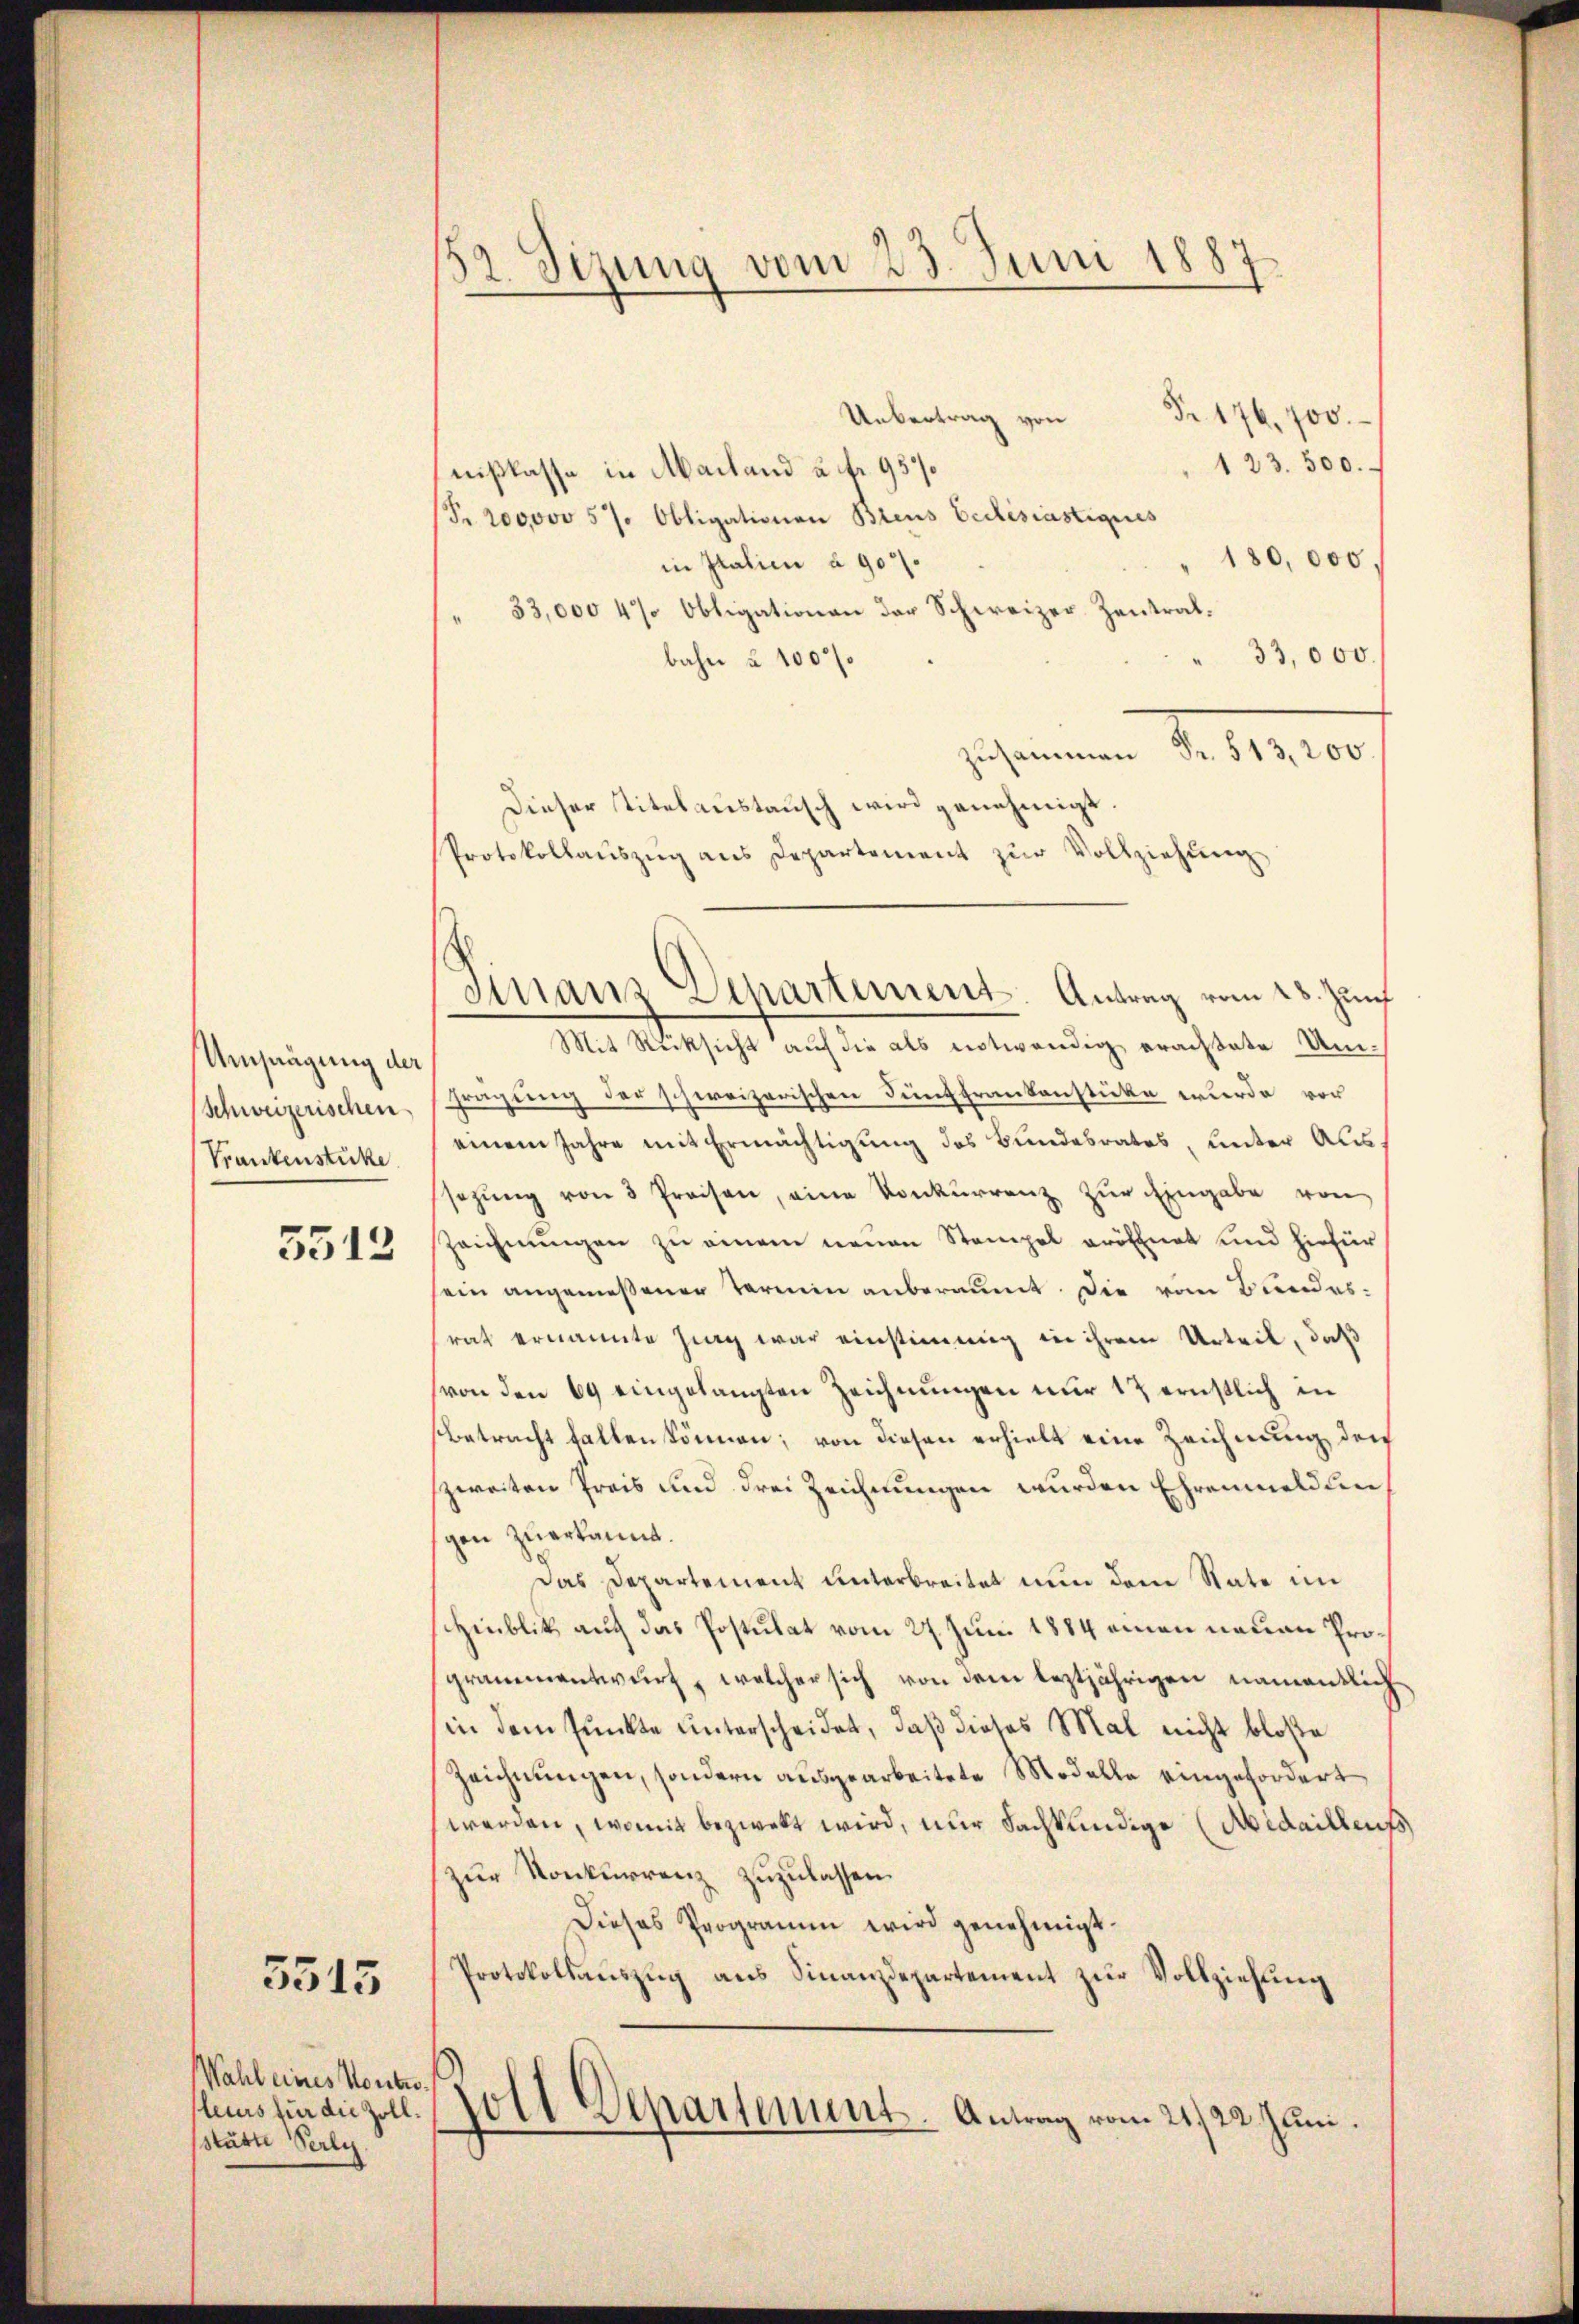
Umprägung der
(Schweizerischen
Frankenstücke

5512

5515

Wahl eines Kontes.
leurs für die Zollstätte Verle

2. Sizung vom 23. Juni 1887

Strans Departement. Antrag vom 28. Zun

Fr. 176, 700
Uebertrag von
123. 300.
nißkasse in Mailand u. fr. 95%
(S. 200000 5% Obligationen Breus Eidésiastiques
180,000
in Italien à 907.
33,000 4% Obligationen der Schweizer-Zentral¬
33,000
bahn à 100 f
Jus einen S. 1910
Dieser Titelaustausch wird genehmigt.
Protokollaŭszŭg ans Departement zŭr Vollziehŭng
Mit Rücksicht auf die als notwendig erachtete Umfragung der schweizerischen Fünffrankenstücke wurde vor
einem Jahre mit Ermächtigung des Bundesrates, unter Aus
sezŭng von 3 Preisen, eine Konkurrenz zur Eingabe von
Zeichnungen zu einem neuen Stempel eröffnet und hiefür
sein angemeßener Termin anberaumt. Die vom Bundes-
rat ernannte Zieg war einstimmig in ihrem Urteil, daß
von den 69 eingelangten Zeichnungen nur 12 ernstlich in
betracht fallen können; von diesen erhielt eine Zeichnung der
zweiten Preis und drei Zeichnungen wurden Ehrenmeldun
gen zuerkannt.
Das Departement unterbreitet nun dem State im
shinblick auf das Postulat vom 27. Jun. 1884 einen neuen Programmentwurf, welcher sich von dem leztjährigen namentlich
in dem Punkte unterscheidet, daß dieses Mal nicht bloße
Zeichnungen, sondern ausgearbeitete Modelle eingefordert
werden, womit bezwekt wird, nur Sachkundige (Aidaillents
zur Konkurrenz zuzulassen.
Dieses Programm wird genehmigt.
Protokollauszug aus Finanzdepartement zur Vollziehung
Zoll Departement. Antrag vom 21. 22. Juni.
e